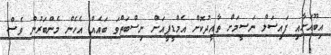
އިބޫއަށާއި ފައިސަލް ނަސީމަށް ތާއީދުކޮށް އެމްޑީޕީއަށް ނިސްބަތްވަ ބައެއް އެހެން މެންބަރުން ވެސް